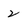
Character: 2